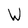
Character: W